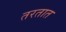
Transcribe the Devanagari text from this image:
तरतात